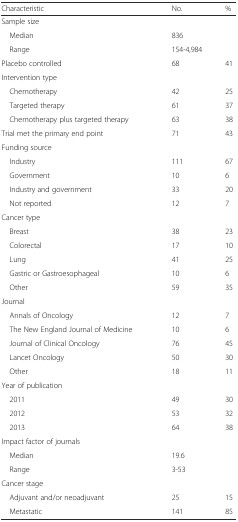
<table><thead><tr><td><b>Characteristic</b></td><td><b>No.</b></td><td><b>%</b></td></tr></thead><tbody><tr><td>Sample size</td><td colspan="2"></td></tr><tr><td> Median</td><td colspan="2">836</td></tr><tr><td> Range</td><td colspan="2">154-4,984</td></tr><tr><td>Placebo controlled</td><td>68</td><td>41</td></tr><tr><td>Intervention type</td><td></td><td></td></tr><tr><td> Chemotherapy</td><td>42</td><td>25</td></tr><tr><td> Targeted therapy</td><td>61</td><td>37</td></tr><tr><td> Chemotherapy plus targeted therapy</td><td>63</td><td>38</td></tr><tr><td>Trial met the primary end point</td><td>71</td><td>43</td></tr><tr><td>Funding source</td><td></td><td></td></tr><tr><td> Industry</td><td>111</td><td>67</td></tr><tr><td> Government</td><td>10</td><td>6</td></tr><tr><td> Industry and government</td><td>33</td><td>20</td></tr><tr><td> Not reported</td><td>12</td><td>7</td></tr><tr><td>Cancer type</td><td></td><td></td></tr><tr><td> Breast</td><td>38</td><td>23</td></tr><tr><td> Colorectal</td><td>17</td><td>10</td></tr><tr><td> Lung</td><td>41</td><td>25</td></tr><tr><td> Gastric or Gastroesophageal</td><td>10</td><td>6</td></tr><tr><td> Other</td><td>59</td><td>35</td></tr><tr><td>Journal</td><td></td><td></td></tr><tr><td> Annals of Oncology</td><td>12</td><td>7</td></tr><tr><td> The New England Journal of Medicine</td><td>10</td><td>6</td></tr><tr><td> Journal of Clinical Oncology</td><td>76</td><td>45</td></tr><tr><td> Lancet Oncology</td><td>50</td><td>30</td></tr><tr><td> Other</td><td>18</td><td>11</td></tr><tr><td>Year of publication</td><td></td><td></td></tr><tr><td> 2011</td><td>49</td><td>30</td></tr><tr><td> 2012</td><td>53</td><td>32</td></tr><tr><td> 2013</td><td>64</td><td>38</td></tr><tr><td>Impact factor of journals</td><td></td><td></td></tr><tr><td> Median</td><td colspan="2">19.6</td></tr><tr><td> Range</td><td colspan="2">3-53</td></tr><tr><td>Cancer stage</td><td></td><td></td></tr><tr><td> Adjuvant and/or neoadjuvant</td><td>25</td><td>15</td></tr><tr><td> Metastatic</td><td>141</td><td>85</td></tr></tbody></table>